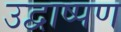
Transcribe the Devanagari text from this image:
उद्वाष्पण